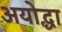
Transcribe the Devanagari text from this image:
अयोद्धा